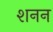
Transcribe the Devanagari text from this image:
शनन